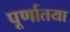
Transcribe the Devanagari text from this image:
पूर्णातया